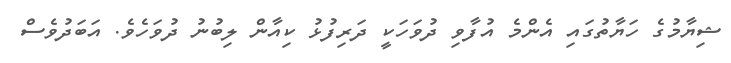
ޝިޔާމުގެ ހަޔާތުގައި އެންމެ އުފާވި ދުވަހަކީ ދަރިފުޅު ކިއާން ލިބުނު ދުވަހެވެ. އަބަދުވެސް